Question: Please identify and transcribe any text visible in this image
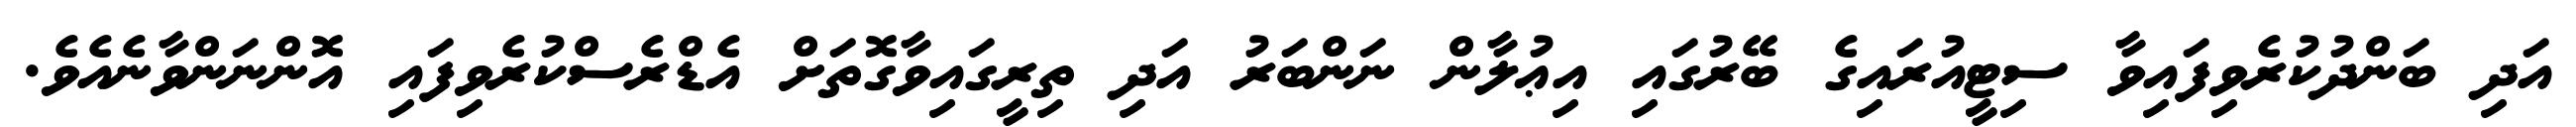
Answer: އަދި ބަންދުކުރެވިފައިވާ ސިޓީއުރައިގެ ބޭރުގައި އިޢުލާން ނަންބަރު އަދި ތިރީގައިވާގޮތަށް އެޑްރެސްކުރެވިފައި އޮންނަންވާނެއެވެ.